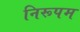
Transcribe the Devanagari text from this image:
निरूपम